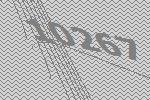
10267